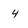
Character: 4